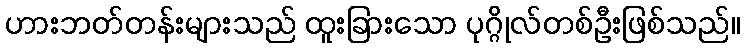
ဟားဘတ်တန်းများသည် ထူးခြားသော ပုဂ္ဂိုလ်တစ်ဦးဖြစ်သည်။